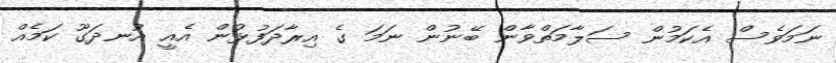
ނަމަވެސް އެކަމުން ސަލާމަތްވާން ބޭނުން ނަމަ ގެ އިރާދަފުޅުން އެއީ އުނދަގޫ ކަމެއް